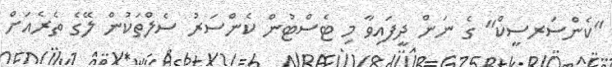
"ކެންސަރސީކް" ގެ ނަން ދީފައިވާ މި ޓެސްޓުން ކެންސަރު ސެލްތަކުން ލޭގެ ތެރެއަށް